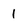
Character: 1